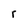
Character: r